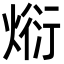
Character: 𭵗